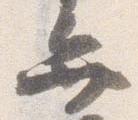
弁